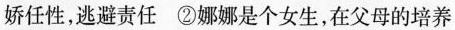
娇任性，逃避责任②娜娜是个女生，在父母的培养